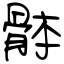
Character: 骵